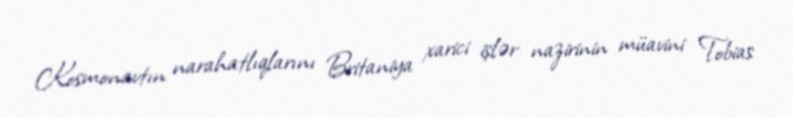
Kosmonavtın narahatlıqlarını Britaniya xarici işlər nazirinin müavini Tobias